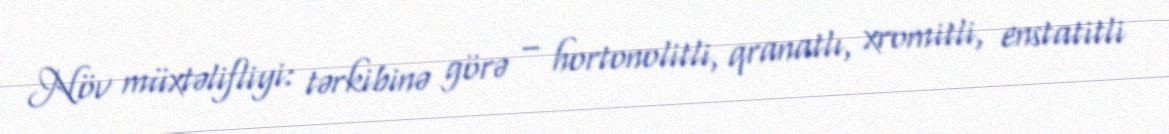
Növ müxtəlifliyi: tərkibinə görə – hortonolitli, qranatlı, xromitli, enstatitli